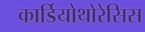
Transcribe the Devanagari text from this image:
कार्डियोथोरेसिस